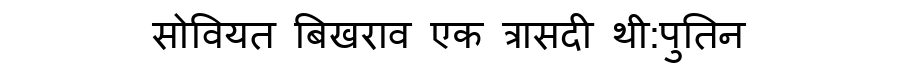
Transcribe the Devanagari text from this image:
सोवियत बिखराव एक त्रासदी थी:पुतिन